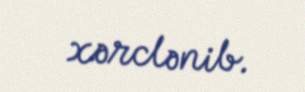
xərclənib.